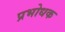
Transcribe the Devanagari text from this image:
प्रभोधक